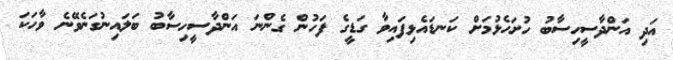
އަދި އަންދާސީހިސާބު ހުށަހެޅުމަށް ކަނޑައެޅިފައިވާ ގަޑީގެ ފަހުން ގެންނަ އަންދާސީހިސާބު ބަލައިނުގަނެވޭނެ ވާހަކަ